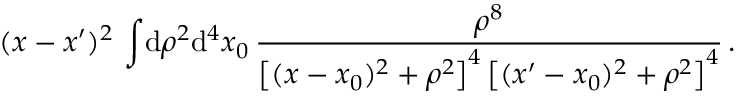
( x - x ^ { \prime } ) ^ { 2 } \, \int \! \mathrm { d } \rho ^ { 2 } \mathrm { d } ^ { 4 } x _ { 0 } \, \frac { \rho ^ { 8 } } { \left[ ( x - x _ { 0 } ) ^ { 2 } + \rho ^ { 2 } \right] ^ { 4 } \left[ ( x ^ { \prime } - x _ { 0 } ) ^ { 2 } + \rho ^ { 2 } \right] ^ { 4 } } \, .